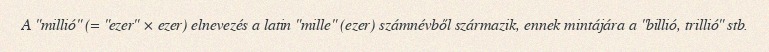
A "millió" (= "ezer" × ezer) elnevezés a latin "mille" (ezer) számnévből származik, ennek mintájára a "billió, trillió" stb.